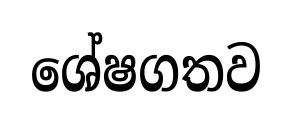
ශේෂගතව